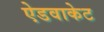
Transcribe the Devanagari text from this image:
ऐडवाकेट